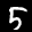
Label: 5